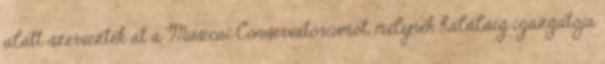
alatt szervezték át a Musicai Conservatóriumot, melynek haláláig igazgatója